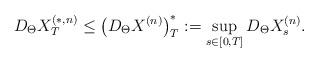
LaTeX: \begin{align*} D_\Theta X_T^{(\ast,n)}\le \left(D_\Theta X^{(n)}\right)_T^\ast :=\sup_{s\in[0,T]} D_\Theta X_s^{(n)}.\end{align*}